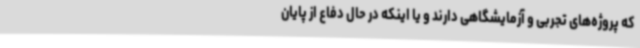
که پروژه‌های تجربی و آزمایشگاهی دارند و یا اینکه در حال دفاع از پایان